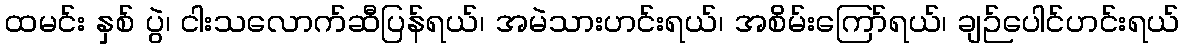
ထမင်း နှစ် ပွဲ၊ ငါးသလောက်ဆီပြန်ရယ်၊ အမဲသားဟင်းရယ်၊ အစိမ်းကြော်ရယ်၊ ချဉ်ပေါင်ဟင်းရယ်